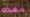
فهذه